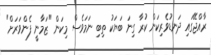
ރާއްޖޭގައި ދަނޑުވެރިކަން ކުރާ ގިނަ ބަޔަކު ތިބި ނަމަވެސް މިކަން "ޒަމާނީ ފެންވަރަށް"